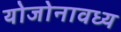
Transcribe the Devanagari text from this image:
योजोनावध्य